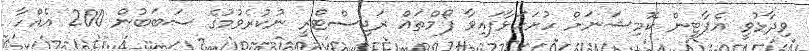
ވިދާޅުވީ އެޕާޓީން ކޮމިޝަނަށް ހުށަހަޅާފައިވާ ފޯމްތައް ރަޖިސްޓްރީ ނުކުރެވުމުގެ ސަބަބުން 200 އެއްހާ